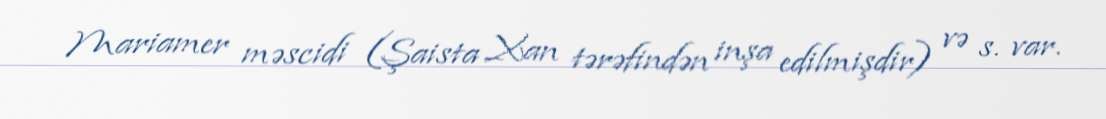
Mariamer məscidi (Şaista Xan tərəfindən inşa edilmişdir) və s. var.